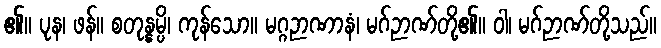
၏။ ပုန၊ ဖန်။ စတုန္နမ္ပိ၊ ကုန်သော။ မဂ္ဂဉာဏာနံ၊ မဂ်ဉာဏ်တို့၏။ ဝါ၊ မဂ်ဉာဏ်တို့သည်။